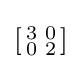
\left[{\begin{smallmatrix}3&0\\0&2\end{smallmatrix}}\right]